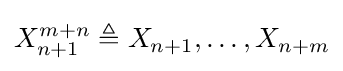
X_{n+1}^{m+n}\triangleq X_{n+1},\ldots ,X_{n+m}